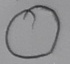
Text: O